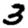
Digit: 3